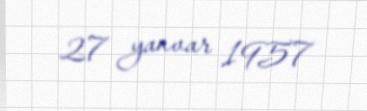
27 yanvar 1957